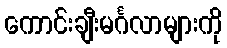
ကောင်းချီးမင်္ဂလာများကို